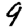
Digit: 9